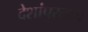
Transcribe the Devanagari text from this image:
देशांपुरताच